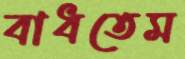
বাধতেম